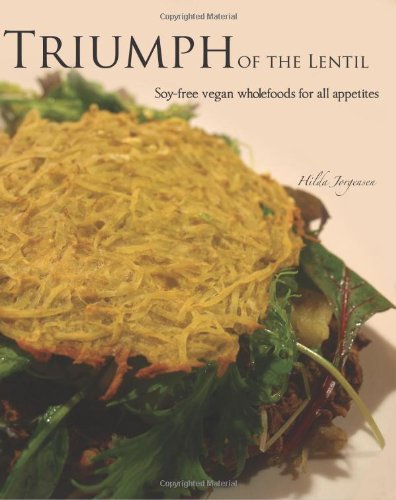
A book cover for Triumph of the Lentil: Soy-Free Vegan Wholefoods for all Appetites; Hilda Jorgensen; Health, Fitness & Dieting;